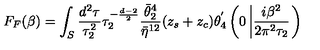
F _ { F } ( \beta ) = \int _ { S } \frac { d ^ { 2 } \tau } { \tau _ { 2 } ^ { 2 } } \tau _ { 2 } ^ { - \frac { d - 2 } { 2 } } \frac { \bar { \theta } _ { 2 } ^ { 4 } } { \bar { \eta } ^ { 1 2 } } ( z _ { s } + z _ { c } ) \theta _ { 4 } ^ { ' } \left( 0 \left| \frac { i \beta ^ { 2 } } { 2 \pi ^ { 2 } \tau _ { 2 } } \right. \right)